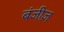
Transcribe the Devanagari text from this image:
बंजीज़